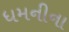
ધમનીના